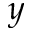
y